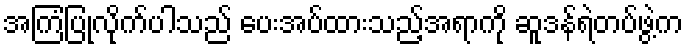
အကြံပြုလိုက်ပါသည် ပေးအပ်ထားသည့်အရာကို ဆူဒန်ရဲတပ်ဖွဲ့က